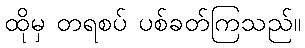
ထိုမှ တရစပ် ပစ်ခတ်ကြသည်။